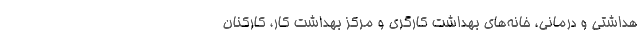
هداشتی و درمانی، خانه‌های بهداشت کارگری و مرکز بهداشت کار، کارکنان